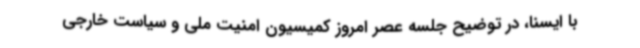
با ایسنا، در توضیح جلسه عصر امروز کمیسیون امنیت ملی و سیاست خارجی